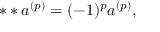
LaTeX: * * a ^ { ( p ) } = ( - 1 ) ^ { p } a ^ { ( p ) } ,